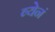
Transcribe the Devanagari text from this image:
ब्येनं